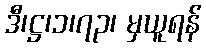
ဒီ၊ဋ္ဌ၊၁၊၇၃၊ မှယူရန်